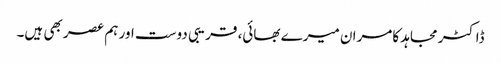
ڈاکٹر مجاہد کامران میرے بھائی، قریبی دوست اور ہم عصر بھی ہیں۔